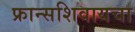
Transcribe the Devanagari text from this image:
फ्रान्सशिवायचा